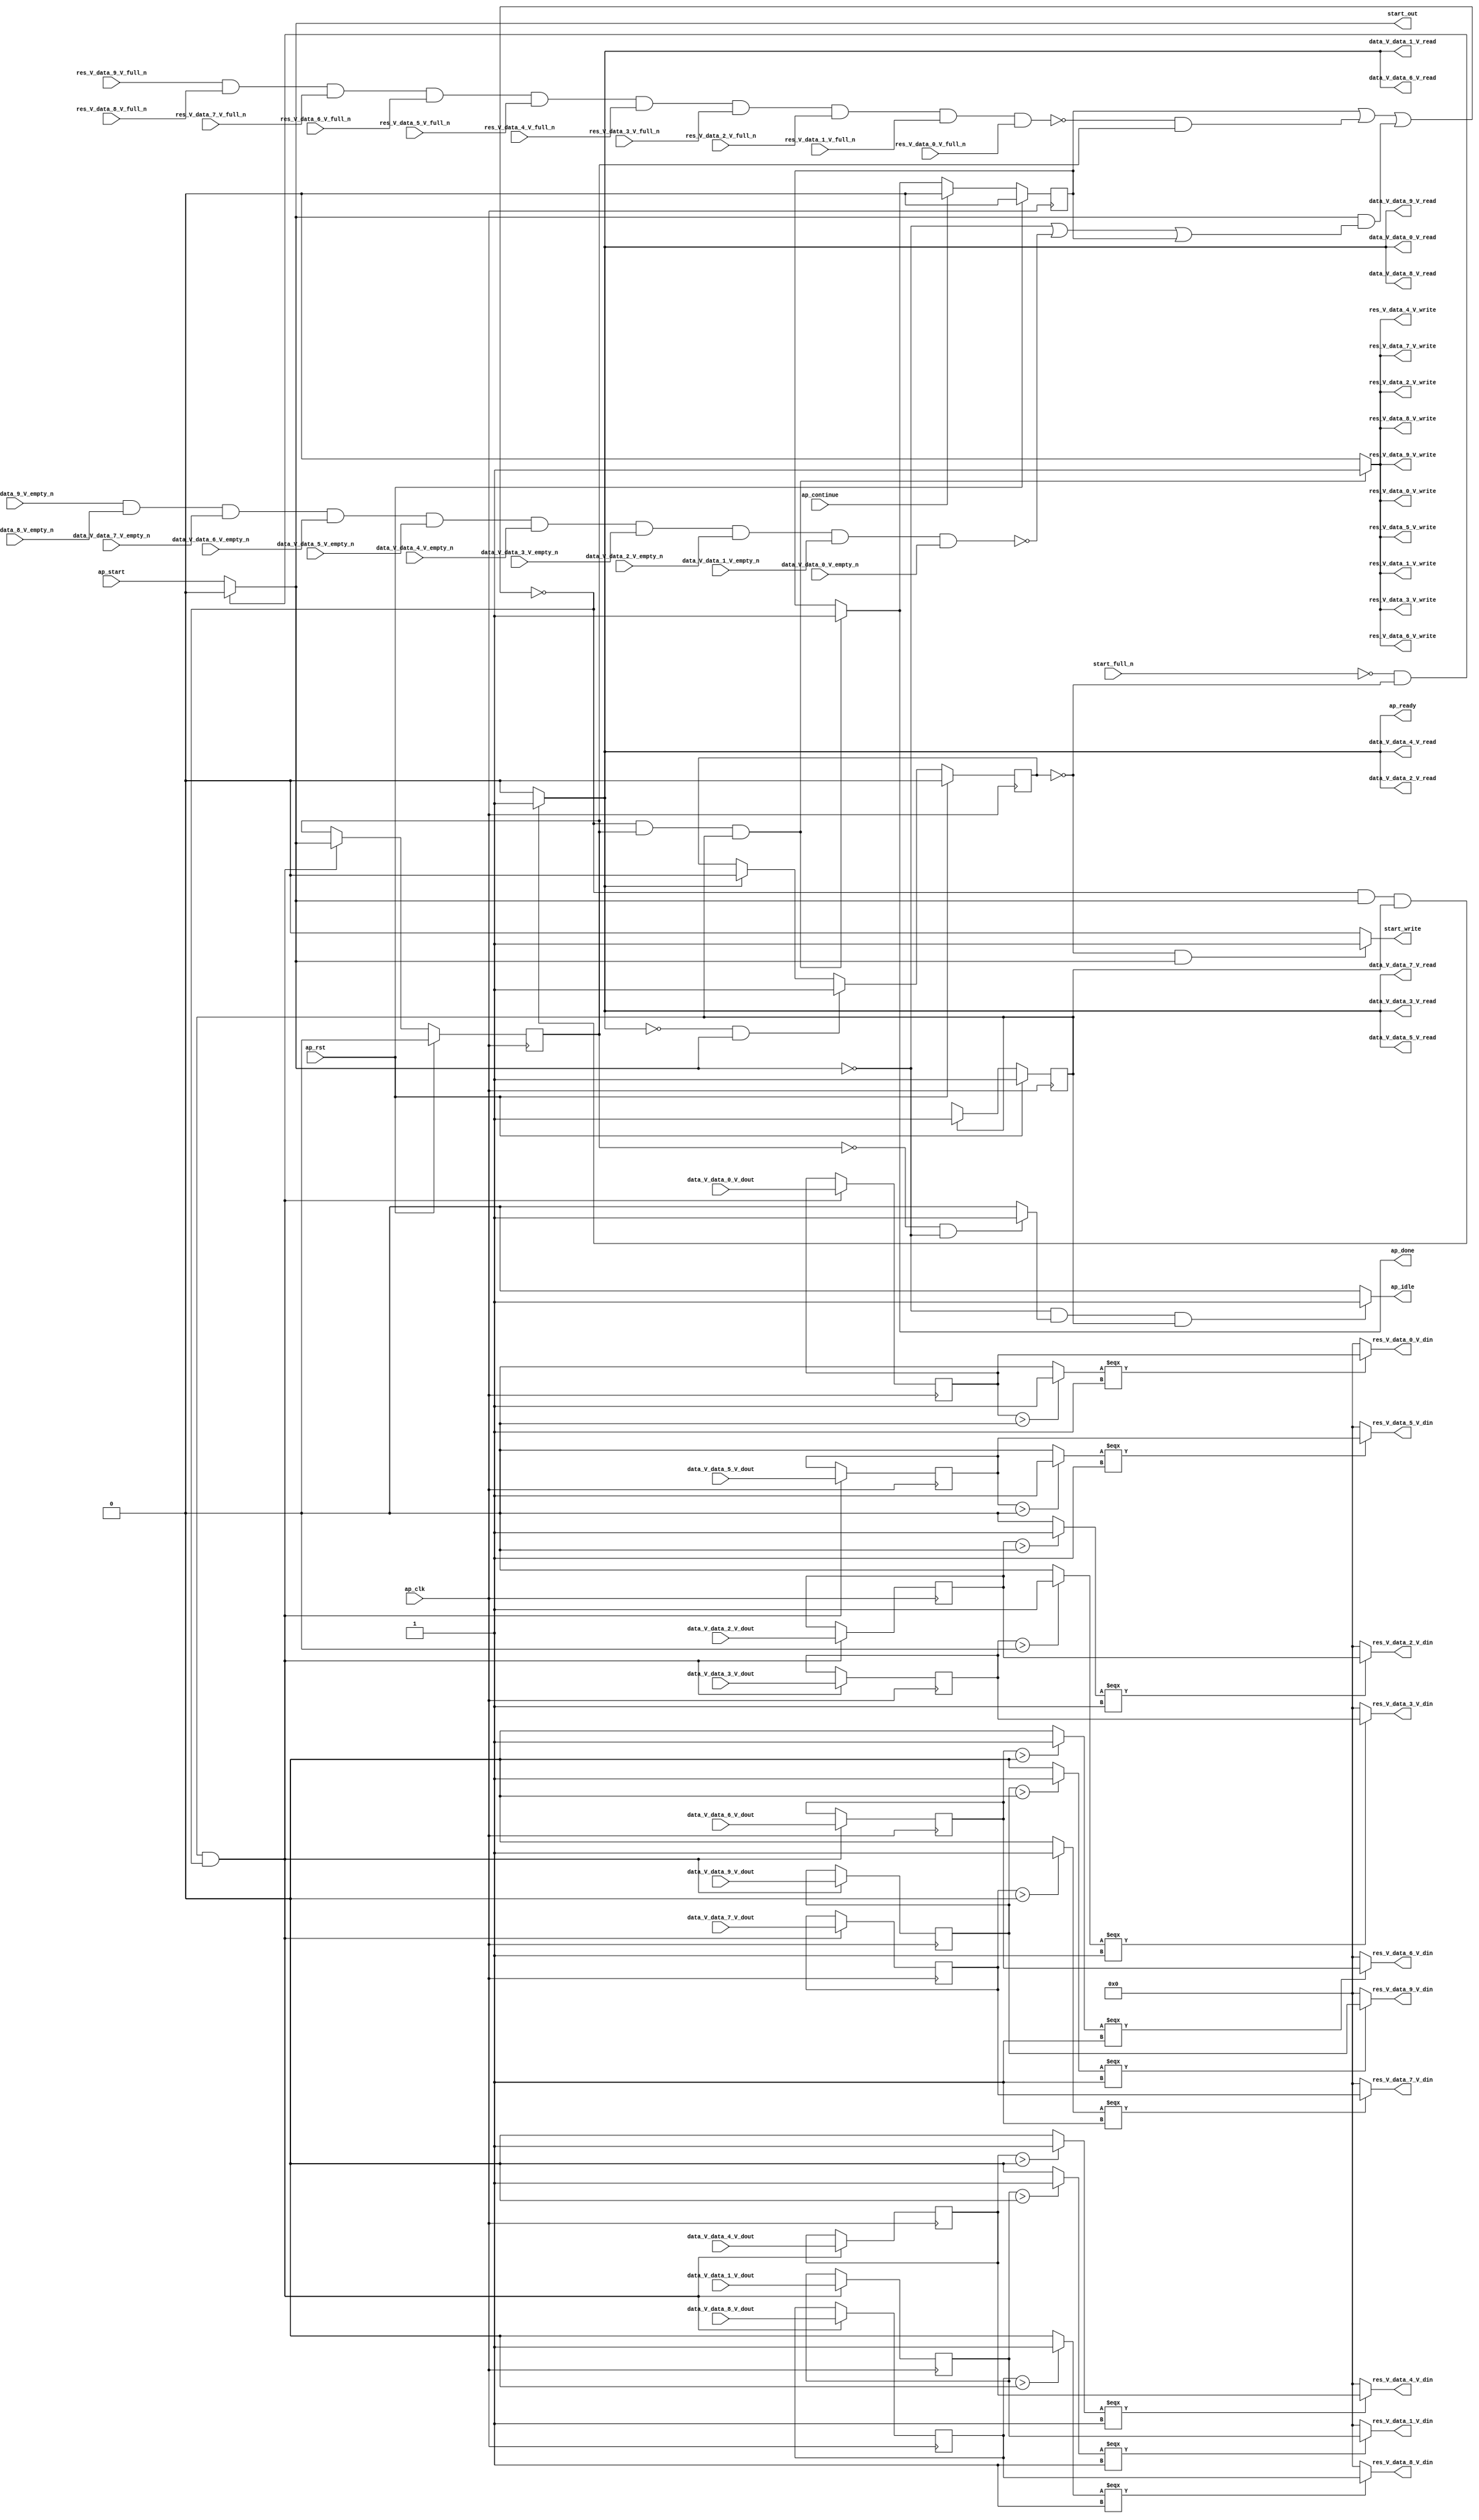
// ==============================================================
// RTL generated by Vivado(TM) HLS - High-Level Synthesis from C, C++ and SystemC
// Version: 2018.2
// Copyright (C) 1986-2018 Xilinx, Inc. All Rights Reserved.
// 
// ===========================================================

`timescale 1 ns / 1 ps 

module relu_array_array_ap_fixed_10u_relu_config7_s (
        ap_clk,
        ap_rst,
        ap_start,
        start_full_n,
        ap_done,
        ap_continue,
        ap_idle,
        ap_ready,
        start_out,
        start_write,
        data_V_data_0_V_dout,
        data_V_data_0_V_empty_n,
        data_V_data_0_V_read,
        data_V_data_1_V_dout,
        data_V_data_1_V_empty_n,
        data_V_data_1_V_read,
        data_V_data_2_V_dout,
        data_V_data_2_V_empty_n,
        data_V_data_2_V_read,
        data_V_data_3_V_dout,
        data_V_data_3_V_empty_n,
        data_V_data_3_V_read,
        data_V_data_4_V_dout,
        data_V_data_4_V_empty_n,
        data_V_data_4_V_read,
        data_V_data_5_V_dout,
        data_V_data_5_V_empty_n,
        data_V_data_5_V_read,
        data_V_data_6_V_dout,
        data_V_data_6_V_empty_n,
        data_V_data_6_V_read,
        data_V_data_7_V_dout,
        data_V_data_7_V_empty_n,
        data_V_data_7_V_read,
        data_V_data_8_V_dout,
        data_V_data_8_V_empty_n,
        data_V_data_8_V_read,
        data_V_data_9_V_dout,
        data_V_data_9_V_empty_n,
        data_V_data_9_V_read,
        res_V_data_0_V_din,
        res_V_data_0_V_full_n,
        res_V_data_0_V_write,
        res_V_data_1_V_din,
        res_V_data_1_V_full_n,
        res_V_data_1_V_write,
        res_V_data_2_V_din,
        res_V_data_2_V_full_n,
        res_V_data_2_V_write,
        res_V_data_3_V_din,
        res_V_data_3_V_full_n,
        res_V_data_3_V_write,
        res_V_data_4_V_din,
        res_V_data_4_V_full_n,
        res_V_data_4_V_write,
        res_V_data_5_V_din,
        res_V_data_5_V_full_n,
        res_V_data_5_V_write,
        res_V_data_6_V_din,
        res_V_data_6_V_full_n,
        res_V_data_6_V_write,
        res_V_data_7_V_din,
        res_V_data_7_V_full_n,
        res_V_data_7_V_write,
        res_V_data_8_V_din,
        res_V_data_8_V_full_n,
        res_V_data_8_V_write,
        res_V_data_9_V_din,
        res_V_data_9_V_full_n,
        res_V_data_9_V_write
);

parameter    ap_ST_fsm_pp0_stage0 = 1'd1;

input   ap_clk;
input   ap_rst;
input   ap_start;
input   start_full_n;
output   ap_done;
input   ap_continue;
output   ap_idle;
output   ap_ready;
output   start_out;
output   start_write;
input  [7:0] data_V_data_0_V_dout;
input   data_V_data_0_V_empty_n;
output   data_V_data_0_V_read;
input  [7:0] data_V_data_1_V_dout;
input   data_V_data_1_V_empty_n;
output   data_V_data_1_V_read;
input  [7:0] data_V_data_2_V_dout;
input   data_V_data_2_V_empty_n;
output   data_V_data_2_V_read;
input  [7:0] data_V_data_3_V_dout;
input   data_V_data_3_V_empty_n;
output   data_V_data_3_V_read;
input  [7:0] data_V_data_4_V_dout;
input   data_V_data_4_V_empty_n;
output   data_V_data_4_V_read;
input  [7:0] data_V_data_5_V_dout;
input   data_V_data_5_V_empty_n;
output   data_V_data_5_V_read;
input  [7:0] data_V_data_6_V_dout;
input   data_V_data_6_V_empty_n;
output   data_V_data_6_V_read;
input  [7:0] data_V_data_7_V_dout;
input   data_V_data_7_V_empty_n;
output   data_V_data_7_V_read;
input  [7:0] data_V_data_8_V_dout;
input   data_V_data_8_V_empty_n;
output   data_V_data_8_V_read;
input  [7:0] data_V_data_9_V_dout;
input   data_V_data_9_V_empty_n;
output   data_V_data_9_V_read;
output  [7:0] res_V_data_0_V_din;
input   res_V_data_0_V_full_n;
output   res_V_data_0_V_write;
output  [7:0] res_V_data_1_V_din;
input   res_V_data_1_V_full_n;
output   res_V_data_1_V_write;
output  [7:0] res_V_data_2_V_din;
input   res_V_data_2_V_full_n;
output   res_V_data_2_V_write;
output  [7:0] res_V_data_3_V_din;
input   res_V_data_3_V_full_n;
output   res_V_data_3_V_write;
output  [7:0] res_V_data_4_V_din;
input   res_V_data_4_V_full_n;
output   res_V_data_4_V_write;
output  [7:0] res_V_data_5_V_din;
input   res_V_data_5_V_full_n;
output   res_V_data_5_V_write;
output  [7:0] res_V_data_6_V_din;
input   res_V_data_6_V_full_n;
output   res_V_data_6_V_write;
output  [7:0] res_V_data_7_V_din;
input   res_V_data_7_V_full_n;
output   res_V_data_7_V_write;
output  [7:0] res_V_data_8_V_din;
input   res_V_data_8_V_full_n;
output   res_V_data_8_V_write;
output  [7:0] res_V_data_9_V_din;
input   res_V_data_9_V_full_n;
output   res_V_data_9_V_write;

reg ap_done;
reg ap_idle;
reg start_write;

reg    real_start;
reg    start_once_reg;
reg    ap_done_reg;
(* fsm_encoding = "none" *) reg   [0:0] ap_CS_fsm;
wire    ap_CS_fsm_pp0_stage0;
wire    ap_enable_reg_pp0_iter0;
reg    ap_enable_reg_pp0_iter1;
reg    ap_idle_pp0;
reg    internal_ap_ready;
wire    data_V_data_0_V0_status;
reg    ap_block_state1_pp0_stage0_iter0;
wire    res_V_data_0_V1_status;
reg    ap_block_state2_pp0_stage0_iter1;
reg    ap_block_pp0_stage0_11001;
reg    data_V_data_0_V_blk_n;
wire    ap_block_pp0_stage0;
reg    data_V_data_1_V_blk_n;
reg    data_V_data_2_V_blk_n;
reg    data_V_data_3_V_blk_n;
reg    data_V_data_4_V_blk_n;
reg    data_V_data_5_V_blk_n;
reg    data_V_data_6_V_blk_n;
reg    data_V_data_7_V_blk_n;
reg    data_V_data_8_V_blk_n;
reg    data_V_data_9_V_blk_n;
reg    res_V_data_0_V_blk_n;
reg    res_V_data_1_V_blk_n;
reg    res_V_data_2_V_blk_n;
reg    res_V_data_3_V_blk_n;
reg    res_V_data_4_V_blk_n;
reg    res_V_data_5_V_blk_n;
reg    res_V_data_6_V_blk_n;
reg    res_V_data_7_V_blk_n;
reg    res_V_data_8_V_blk_n;
reg    res_V_data_9_V_blk_n;
reg   [7:0] tmp_data_V_0_reg_540;
reg   [7:0] tmp_data_V_1_reg_546;
reg   [7:0] tmp_data_V_2_reg_552;
reg   [7:0] tmp_data_V_3_reg_558;
reg   [7:0] tmp_data_V_4_reg_564;
reg   [7:0] tmp_data_V_5_reg_570;
reg   [7:0] tmp_data_V_6_reg_576;
reg   [7:0] tmp_data_V_7_reg_582;
reg   [7:0] tmp_data_V_8_reg_588;
reg   [7:0] tmp_data_V_9_reg_594;
reg    ap_block_pp0_stage0_subdone;
reg    data_V_data_0_V0_update;
reg    res_V_data_0_V1_update;
reg    ap_block_pp0_stage0_01001;
wire   [0:0] tmp1_fu_410_p2;
wire   [0:0] tmp_1_fu_415_p2;
wire   [0:0] tmp_2_fu_420_p2;
wire   [0:0] tmp_3_fu_425_p2;
wire   [0:0] tmp_4_fu_430_p2;
wire   [0:0] tmp_5_fu_435_p2;
wire   [0:0] tmp_6_fu_440_p2;
wire   [0:0] tmp_7_fu_445_p2;
wire   [0:0] tmp_8_fu_450_p2;
wire   [0:0] tmp_9_fu_455_p2;
reg   [0:0] ap_NS_fsm;
reg    ap_idle_pp0_0to0;
reg    ap_reset_idle_pp0;
wire    ap_enable_pp0;

// power-on initialization
initial begin
#0 start_once_reg = 1'b0;
#0 ap_done_reg = 1'b0;
#0 ap_CS_fsm = 1'd1;
#0 ap_enable_reg_pp0_iter1 = 1'b0;
end

always @ (posedge ap_clk) begin
    if (ap_rst == 1'b1) begin
        ap_CS_fsm <= ap_ST_fsm_pp0_stage0;
    end else begin
        ap_CS_fsm <= ap_NS_fsm;
    end
end

always @ (posedge ap_clk) begin
    if (ap_rst == 1'b1) begin
        ap_done_reg <= 1'b0;
    end else begin
        if ((ap_continue == 1'b1)) begin
            ap_done_reg <= 1'b0;
        end else if (((1'b0 == ap_block_pp0_stage0_11001) & (ap_enable_reg_pp0_iter1 == 1'b1) & (1'b1 == ap_CS_fsm_pp0_stage0))) begin
            ap_done_reg <= 1'b1;
        end
    end
end

always @ (posedge ap_clk) begin
    if (ap_rst == 1'b1) begin
        ap_enable_reg_pp0_iter1 <= 1'b0;
    end else begin
        if (((1'b1 == ap_CS_fsm_pp0_stage0) & (1'b0 == ap_block_pp0_stage0_subdone))) begin
            ap_enable_reg_pp0_iter1 <= real_start;
        end
    end
end

always @ (posedge ap_clk) begin
    if (ap_rst == 1'b1) begin
        start_once_reg <= 1'b0;
    end else begin
        if (((internal_ap_ready == 1'b0) & (real_start == 1'b1))) begin
            start_once_reg <= 1'b1;
        end else if ((internal_ap_ready == 1'b1)) begin
            start_once_reg <= 1'b0;
        end
    end
end

always @ (posedge ap_clk) begin
    if (((1'b0 == ap_block_pp0_stage0_11001) & (1'b1 == ap_CS_fsm_pp0_stage0))) begin
        tmp_data_V_0_reg_540 <= data_V_data_0_V_dout;
        tmp_data_V_1_reg_546 <= data_V_data_1_V_dout;
        tmp_data_V_2_reg_552 <= data_V_data_2_V_dout;
        tmp_data_V_3_reg_558 <= data_V_data_3_V_dout;
        tmp_data_V_4_reg_564 <= data_V_data_4_V_dout;
        tmp_data_V_5_reg_570 <= data_V_data_5_V_dout;
        tmp_data_V_6_reg_576 <= data_V_data_6_V_dout;
        tmp_data_V_7_reg_582 <= data_V_data_7_V_dout;
        tmp_data_V_8_reg_588 <= data_V_data_8_V_dout;
        tmp_data_V_9_reg_594 <= data_V_data_9_V_dout;
    end
end

always @ (*) begin
    if (((1'b0 == ap_block_pp0_stage0_11001) & (ap_enable_reg_pp0_iter1 == 1'b1) & (1'b1 == ap_CS_fsm_pp0_stage0))) begin
        ap_done = 1'b1;
    end else begin
        ap_done = ap_done_reg;
    end
end

always @ (*) begin
    if (((real_start == 1'b0) & (ap_idle_pp0 == 1'b1) & (1'b1 == ap_CS_fsm_pp0_stage0))) begin
        ap_idle = 1'b1;
    end else begin
        ap_idle = 1'b0;
    end
end

always @ (*) begin
    if (((ap_enable_reg_pp0_iter1 == 1'b0) & (ap_enable_reg_pp0_iter0 == 1'b0))) begin
        ap_idle_pp0 = 1'b1;
    end else begin
        ap_idle_pp0 = 1'b0;
    end
end

always @ (*) begin
    if ((ap_enable_reg_pp0_iter0 == 1'b0)) begin
        ap_idle_pp0_0to0 = 1'b1;
    end else begin
        ap_idle_pp0_0to0 = 1'b0;
    end
end

always @ (*) begin
    if (((real_start == 1'b0) & (ap_idle_pp0_0to0 == 1'b1))) begin
        ap_reset_idle_pp0 = 1'b1;
    end else begin
        ap_reset_idle_pp0 = 1'b0;
    end
end

always @ (*) begin
    if (((1'b0 == ap_block_pp0_stage0_11001) & (real_start == 1'b1) & (1'b1 == ap_CS_fsm_pp0_stage0))) begin
        data_V_data_0_V0_update = 1'b1;
    end else begin
        data_V_data_0_V0_update = 1'b0;
    end
end

always @ (*) begin
    if ((~((real_start == 1'b0) | (ap_done_reg == 1'b1)) & (real_start == 1'b1) & (1'b1 == ap_CS_fsm_pp0_stage0) & (1'b0 == ap_block_pp0_stage0))) begin
        data_V_data_0_V_blk_n = data_V_data_0_V_empty_n;
    end else begin
        data_V_data_0_V_blk_n = 1'b1;
    end
end

always @ (*) begin
    if ((~((real_start == 1'b0) | (ap_done_reg == 1'b1)) & (real_start == 1'b1) & (1'b1 == ap_CS_fsm_pp0_stage0) & (1'b0 == ap_block_pp0_stage0))) begin
        data_V_data_1_V_blk_n = data_V_data_1_V_empty_n;
    end else begin
        data_V_data_1_V_blk_n = 1'b1;
    end
end

always @ (*) begin
    if ((~((real_start == 1'b0) | (ap_done_reg == 1'b1)) & (real_start == 1'b1) & (1'b1 == ap_CS_fsm_pp0_stage0) & (1'b0 == ap_block_pp0_stage0))) begin
        data_V_data_2_V_blk_n = data_V_data_2_V_empty_n;
    end else begin
        data_V_data_2_V_blk_n = 1'b1;
    end
end

always @ (*) begin
    if ((~((real_start == 1'b0) | (ap_done_reg == 1'b1)) & (real_start == 1'b1) & (1'b1 == ap_CS_fsm_pp0_stage0) & (1'b0 == ap_block_pp0_stage0))) begin
        data_V_data_3_V_blk_n = data_V_data_3_V_empty_n;
    end else begin
        data_V_data_3_V_blk_n = 1'b1;
    end
end

always @ (*) begin
    if ((~((real_start == 1'b0) | (ap_done_reg == 1'b1)) & (real_start == 1'b1) & (1'b1 == ap_CS_fsm_pp0_stage0) & (1'b0 == ap_block_pp0_stage0))) begin
        data_V_data_4_V_blk_n = data_V_data_4_V_empty_n;
    end else begin
        data_V_data_4_V_blk_n = 1'b1;
    end
end

always @ (*) begin
    if ((~((real_start == 1'b0) | (ap_done_reg == 1'b1)) & (real_start == 1'b1) & (1'b1 == ap_CS_fsm_pp0_stage0) & (1'b0 == ap_block_pp0_stage0))) begin
        data_V_data_5_V_blk_n = data_V_data_5_V_empty_n;
    end else begin
        data_V_data_5_V_blk_n = 1'b1;
    end
end

always @ (*) begin
    if ((~((real_start == 1'b0) | (ap_done_reg == 1'b1)) & (real_start == 1'b1) & (1'b1 == ap_CS_fsm_pp0_stage0) & (1'b0 == ap_block_pp0_stage0))) begin
        data_V_data_6_V_blk_n = data_V_data_6_V_empty_n;
    end else begin
        data_V_data_6_V_blk_n = 1'b1;
    end
end

always @ (*) begin
    if ((~((real_start == 1'b0) | (ap_done_reg == 1'b1)) & (real_start == 1'b1) & (1'b1 == ap_CS_fsm_pp0_stage0) & (1'b0 == ap_block_pp0_stage0))) begin
        data_V_data_7_V_blk_n = data_V_data_7_V_empty_n;
    end else begin
        data_V_data_7_V_blk_n = 1'b1;
    end
end

always @ (*) begin
    if ((~((real_start == 1'b0) | (ap_done_reg == 1'b1)) & (real_start == 1'b1) & (1'b1 == ap_CS_fsm_pp0_stage0) & (1'b0 == ap_block_pp0_stage0))) begin
        data_V_data_8_V_blk_n = data_V_data_8_V_empty_n;
    end else begin
        data_V_data_8_V_blk_n = 1'b1;
    end
end

always @ (*) begin
    if ((~((real_start == 1'b0) | (ap_done_reg == 1'b1)) & (real_start == 1'b1) & (1'b1 == ap_CS_fsm_pp0_stage0) & (1'b0 == ap_block_pp0_stage0))) begin
        data_V_data_9_V_blk_n = data_V_data_9_V_empty_n;
    end else begin
        data_V_data_9_V_blk_n = 1'b1;
    end
end

always @ (*) begin
    if (((1'b0 == ap_block_pp0_stage0_11001) & (real_start == 1'b1) & (1'b1 == ap_CS_fsm_pp0_stage0))) begin
        internal_ap_ready = 1'b1;
    end else begin
        internal_ap_ready = 1'b0;
    end
end

always @ (*) begin
    if (((start_full_n == 1'b0) & (start_once_reg == 1'b0))) begin
        real_start = 1'b0;
    end else begin
        real_start = ap_start;
    end
end

always @ (*) begin
    if (((1'b0 == ap_block_pp0_stage0_11001) & (ap_enable_reg_pp0_iter1 == 1'b1) & (1'b1 == ap_CS_fsm_pp0_stage0))) begin
        res_V_data_0_V1_update = 1'b1;
    end else begin
        res_V_data_0_V1_update = 1'b0;
    end
end

always @ (*) begin
    if (((ap_enable_reg_pp0_iter1 == 1'b1) & (1'b1 == ap_CS_fsm_pp0_stage0) & (1'b0 == ap_block_pp0_stage0))) begin
        res_V_data_0_V_blk_n = res_V_data_0_V_full_n;
    end else begin
        res_V_data_0_V_blk_n = 1'b1;
    end
end

always @ (*) begin
    if (((ap_enable_reg_pp0_iter1 == 1'b1) & (1'b1 == ap_CS_fsm_pp0_stage0) & (1'b0 == ap_block_pp0_stage0))) begin
        res_V_data_1_V_blk_n = res_V_data_1_V_full_n;
    end else begin
        res_V_data_1_V_blk_n = 1'b1;
    end
end

always @ (*) begin
    if (((ap_enable_reg_pp0_iter1 == 1'b1) & (1'b1 == ap_CS_fsm_pp0_stage0) & (1'b0 == ap_block_pp0_stage0))) begin
        res_V_data_2_V_blk_n = res_V_data_2_V_full_n;
    end else begin
        res_V_data_2_V_blk_n = 1'b1;
    end
end

always @ (*) begin
    if (((ap_enable_reg_pp0_iter1 == 1'b1) & (1'b1 == ap_CS_fsm_pp0_stage0) & (1'b0 == ap_block_pp0_stage0))) begin
        res_V_data_3_V_blk_n = res_V_data_3_V_full_n;
    end else begin
        res_V_data_3_V_blk_n = 1'b1;
    end
end

always @ (*) begin
    if (((ap_enable_reg_pp0_iter1 == 1'b1) & (1'b1 == ap_CS_fsm_pp0_stage0) & (1'b0 == ap_block_pp0_stage0))) begin
        res_V_data_4_V_blk_n = res_V_data_4_V_full_n;
    end else begin
        res_V_data_4_V_blk_n = 1'b1;
    end
end

always @ (*) begin
    if (((ap_enable_reg_pp0_iter1 == 1'b1) & (1'b1 == ap_CS_fsm_pp0_stage0) & (1'b0 == ap_block_pp0_stage0))) begin
        res_V_data_5_V_blk_n = res_V_data_5_V_full_n;
    end else begin
        res_V_data_5_V_blk_n = 1'b1;
    end
end

always @ (*) begin
    if (((ap_enable_reg_pp0_iter1 == 1'b1) & (1'b1 == ap_CS_fsm_pp0_stage0) & (1'b0 == ap_block_pp0_stage0))) begin
        res_V_data_6_V_blk_n = res_V_data_6_V_full_n;
    end else begin
        res_V_data_6_V_blk_n = 1'b1;
    end
end

always @ (*) begin
    if (((ap_enable_reg_pp0_iter1 == 1'b1) & (1'b1 == ap_CS_fsm_pp0_stage0) & (1'b0 == ap_block_pp0_stage0))) begin
        res_V_data_7_V_blk_n = res_V_data_7_V_full_n;
    end else begin
        res_V_data_7_V_blk_n = 1'b1;
    end
end

always @ (*) begin
    if (((ap_enable_reg_pp0_iter1 == 1'b1) & (1'b1 == ap_CS_fsm_pp0_stage0) & (1'b0 == ap_block_pp0_stage0))) begin
        res_V_data_8_V_blk_n = res_V_data_8_V_full_n;
    end else begin
        res_V_data_8_V_blk_n = 1'b1;
    end
end

always @ (*) begin
    if (((ap_enable_reg_pp0_iter1 == 1'b1) & (1'b1 == ap_CS_fsm_pp0_stage0) & (1'b0 == ap_block_pp0_stage0))) begin
        res_V_data_9_V_blk_n = res_V_data_9_V_full_n;
    end else begin
        res_V_data_9_V_blk_n = 1'b1;
    end
end

always @ (*) begin
    if (((start_once_reg == 1'b0) & (real_start == 1'b1))) begin
        start_write = 1'b1;
    end else begin
        start_write = 1'b0;
    end
end

always @ (*) begin
    case (ap_CS_fsm)
        ap_ST_fsm_pp0_stage0 : begin
            ap_NS_fsm = ap_ST_fsm_pp0_stage0;
        end
        default : begin
            ap_NS_fsm = 'bx;
        end
    endcase
end

assign ap_CS_fsm_pp0_stage0 = ap_CS_fsm[32'd0];

assign ap_block_pp0_stage0 = ~(1'b1 == 1'b1);

always @ (*) begin
    ap_block_pp0_stage0_01001 = ((ap_done_reg == 1'b1) | ((res_V_data_0_V1_status == 1'b0) & (ap_enable_reg_pp0_iter1 == 1'b1)) | ((real_start == 1'b1) & ((real_start == 1'b0) | (data_V_data_0_V0_status == 1'b0) | (ap_done_reg == 1'b1))));
end

always @ (*) begin
    ap_block_pp0_stage0_11001 = ((ap_done_reg == 1'b1) | ((res_V_data_0_V1_status == 1'b0) & (ap_enable_reg_pp0_iter1 == 1'b1)) | ((real_start == 1'b1) & ((real_start == 1'b0) | (data_V_data_0_V0_status == 1'b0) | (ap_done_reg == 1'b1))));
end

always @ (*) begin
    ap_block_pp0_stage0_subdone = ((ap_done_reg == 1'b1) | ((res_V_data_0_V1_status == 1'b0) & (ap_enable_reg_pp0_iter1 == 1'b1)) | ((real_start == 1'b1) & ((real_start == 1'b0) | (data_V_data_0_V0_status == 1'b0) | (ap_done_reg == 1'b1))));
end

always @ (*) begin
    ap_block_state1_pp0_stage0_iter0 = ((real_start == 1'b0) | (data_V_data_0_V0_status == 1'b0) | (ap_done_reg == 1'b1));
end

always @ (*) begin
    ap_block_state2_pp0_stage0_iter1 = (res_V_data_0_V1_status == 1'b0);
end

assign ap_enable_pp0 = (ap_idle_pp0 ^ 1'b1);

assign ap_enable_reg_pp0_iter0 = real_start;

assign ap_ready = internal_ap_ready;

assign data_V_data_0_V0_status = (data_V_data_9_V_empty_n & data_V_data_8_V_empty_n & data_V_data_7_V_empty_n & data_V_data_6_V_empty_n & data_V_data_5_V_empty_n & data_V_data_4_V_empty_n & data_V_data_3_V_empty_n & data_V_data_2_V_empty_n & data_V_data_1_V_empty_n & data_V_data_0_V_empty_n);

assign data_V_data_0_V_read = data_V_data_0_V0_update;

assign data_V_data_1_V_read = data_V_data_0_V0_update;

assign data_V_data_2_V_read = data_V_data_0_V0_update;

assign data_V_data_3_V_read = data_V_data_0_V0_update;

assign data_V_data_4_V_read = data_V_data_0_V0_update;

assign data_V_data_5_V_read = data_V_data_0_V0_update;

assign data_V_data_6_V_read = data_V_data_0_V0_update;

assign data_V_data_7_V_read = data_V_data_0_V0_update;

assign data_V_data_8_V_read = data_V_data_0_V0_update;

assign data_V_data_9_V_read = data_V_data_0_V0_update;

assign res_V_data_0_V1_status = (res_V_data_9_V_full_n & res_V_data_8_V_full_n & res_V_data_7_V_full_n & res_V_data_6_V_full_n & res_V_data_5_V_full_n & res_V_data_4_V_full_n & res_V_data_3_V_full_n & res_V_data_2_V_full_n & res_V_data_1_V_full_n & res_V_data_0_V_full_n);

assign res_V_data_0_V_din = ((tmp1_fu_410_p2[0:0] === 1'b1) ? tmp_data_V_0_reg_540 : 8'd0);

assign res_V_data_0_V_write = res_V_data_0_V1_update;

assign res_V_data_1_V_din = ((tmp_1_fu_415_p2[0:0] === 1'b1) ? tmp_data_V_1_reg_546 : 8'd0);

assign res_V_data_1_V_write = res_V_data_0_V1_update;

assign res_V_data_2_V_din = ((tmp_2_fu_420_p2[0:0] === 1'b1) ? tmp_data_V_2_reg_552 : 8'd0);

assign res_V_data_2_V_write = res_V_data_0_V1_update;

assign res_V_data_3_V_din = ((tmp_3_fu_425_p2[0:0] === 1'b1) ? tmp_data_V_3_reg_558 : 8'd0);

assign res_V_data_3_V_write = res_V_data_0_V1_update;

assign res_V_data_4_V_din = ((tmp_4_fu_430_p2[0:0] === 1'b1) ? tmp_data_V_4_reg_564 : 8'd0);

assign res_V_data_4_V_write = res_V_data_0_V1_update;

assign res_V_data_5_V_din = ((tmp_5_fu_435_p2[0:0] === 1'b1) ? tmp_data_V_5_reg_570 : 8'd0);

assign res_V_data_5_V_write = res_V_data_0_V1_update;

assign res_V_data_6_V_din = ((tmp_6_fu_440_p2[0:0] === 1'b1) ? tmp_data_V_6_reg_576 : 8'd0);

assign res_V_data_6_V_write = res_V_data_0_V1_update;

assign res_V_data_7_V_din = ((tmp_7_fu_445_p2[0:0] === 1'b1) ? tmp_data_V_7_reg_582 : 8'd0);

assign res_V_data_7_V_write = res_V_data_0_V1_update;

assign res_V_data_8_V_din = ((tmp_8_fu_450_p2[0:0] === 1'b1) ? tmp_data_V_8_reg_588 : 8'd0);

assign res_V_data_8_V_write = res_V_data_0_V1_update;

assign res_V_data_9_V_din = ((tmp_9_fu_455_p2[0:0] === 1'b1) ? tmp_data_V_9_reg_594 : 8'd0);

assign res_V_data_9_V_write = res_V_data_0_V1_update;

assign start_out = real_start;

assign tmp1_fu_410_p2 = (($signed(tmp_data_V_0_reg_540) > $signed(8'd0)) ? 1'b1 : 1'b0);

assign tmp_1_fu_415_p2 = (($signed(tmp_data_V_1_reg_546) > $signed(8'd0)) ? 1'b1 : 1'b0);

assign tmp_2_fu_420_p2 = (($signed(tmp_data_V_2_reg_552) > $signed(8'd0)) ? 1'b1 : 1'b0);

assign tmp_3_fu_425_p2 = (($signed(tmp_data_V_3_reg_558) > $signed(8'd0)) ? 1'b1 : 1'b0);

assign tmp_4_fu_430_p2 = (($signed(tmp_data_V_4_reg_564) > $signed(8'd0)) ? 1'b1 : 1'b0);

assign tmp_5_fu_435_p2 = (($signed(tmp_data_V_5_reg_570) > $signed(8'd0)) ? 1'b1 : 1'b0);

assign tmp_6_fu_440_p2 = (($signed(tmp_data_V_6_reg_576) > $signed(8'd0)) ? 1'b1 : 1'b0);

assign tmp_7_fu_445_p2 = (($signed(tmp_data_V_7_reg_582) > $signed(8'd0)) ? 1'b1 : 1'b0);

assign tmp_8_fu_450_p2 = (($signed(tmp_data_V_8_reg_588) > $signed(8'd0)) ? 1'b1 : 1'b0);

assign tmp_9_fu_455_p2 = (($signed(tmp_data_V_9_reg_594) > $signed(8'd0)) ? 1'b1 : 1'b0);

endmodule //relu_array_array_ap_fixed_10u_relu_config7_s